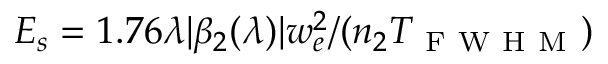
E _ { s } = 1 . 7 6 \lambda \lvert \beta _ { 2 } ( \lambda ) \rvert w _ { e } ^ { 2 } / ( n _ { 2 } T _ { \mathrm { ~ F ~ W ~ H ~ M ~ } } )